Source: Handwritten
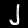
Digit: ၂ (2)